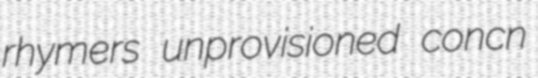
rhymers unprovisioned concn